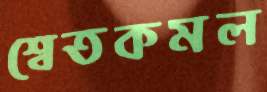
শ্বেতকমল